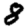
Digit: 8